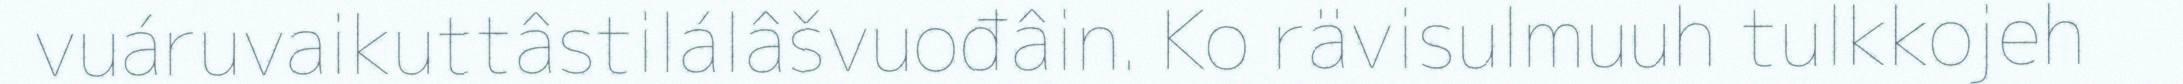
vuáruvaikuttâstilálâšvuođâin. Ko rävisulmuuh tulkkojeh